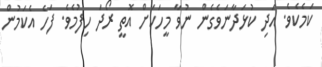
ކަމެކެވެ. އަދި ކުޅަދާނަވެގެން ނުވާ މީހަކަށް އޮތީ ރޯދަ ހިފުމެވެ. ފަހެ އެކަމުން